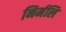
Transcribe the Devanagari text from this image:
निर्मलि